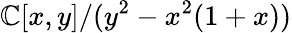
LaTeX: \mathbb{C}[x,y]/(y^{2}-x^{2}(1+x))